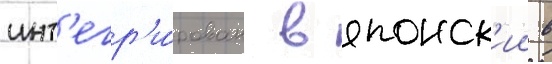
инт'егр'и́рован в японск'ии в